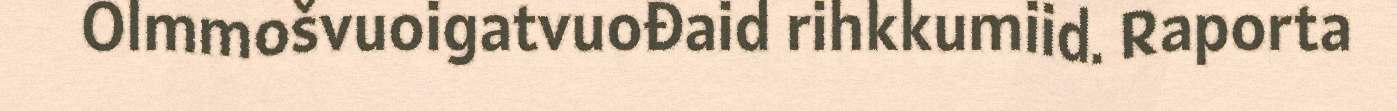
Olmmošvuoigatvuođaid rihkkumiid. Raporta